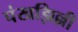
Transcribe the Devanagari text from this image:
पंखझिल्ली